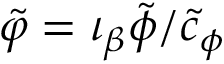
\tilde { \varphi } = \iota _ { \beta } \tilde { \phi } / \tilde { c } _ { \phi }